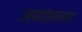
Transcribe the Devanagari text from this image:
उष्णतेसारख्या